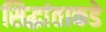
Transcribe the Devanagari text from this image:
सिद्धांताकडे